Report on vaccination in Madras 1877-1894 - 1877-1894
Year: 1877
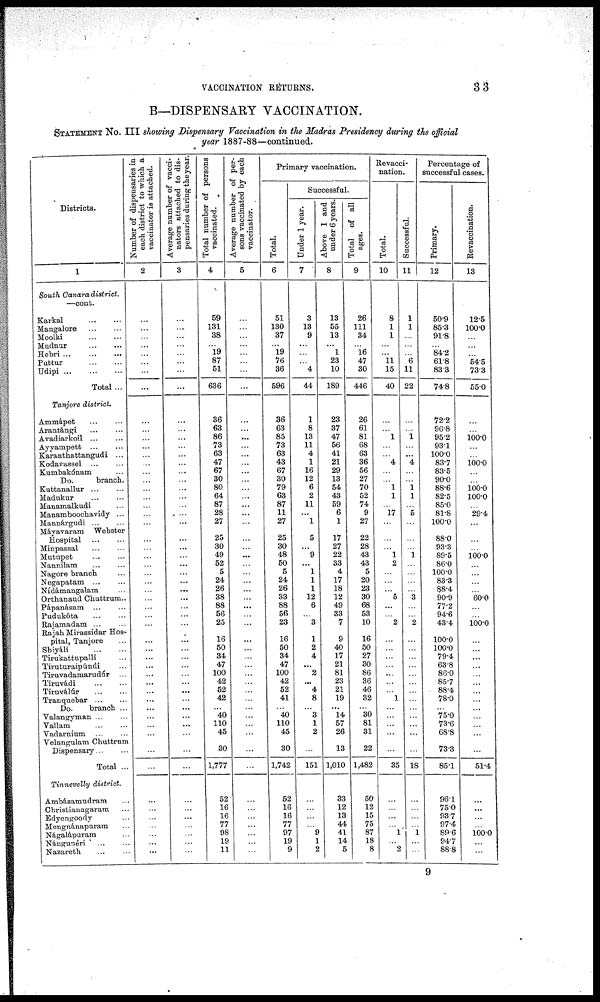
VACCINATION RETURNS.
33
B—DISPENSARY VACCINATION.
STATEMENT No. III showing Dispensary Vaccination in the Madras Presidency during the official
year 1887-88—continued.
Districts.
1
South Canara district.
—cont.
Karkal
...
...
Mangalore
...
...
Moolki
...
...
Mudnur
...
...
Hebri
...
...
...
Puttur
...
...
Udipi
...
...
...
Total ...
Tanjore district.
Ammápet ... ...
Arantángi
...
...
Avadiarkoil ... ...
Ayyampett
...
...
Karanthattangudi ...
Kodavassel
...
...
Kumbakónam ...
Do.
branch.
Kuttanallur
...
...
Madukur
...
...
Manamalkudi ...
Manamboochavidy ...
Mannárgudi ... ...
Máyavaram Webster
Hospital ... ...
Minpassal
...
...
Mutupet
...
...
Nannilam
...
...
Nagore branch ...
Negapatam
...
...
Nídámangalam ...
Orthanaud Chuttrum..
Pápanásam
...
...
Pudukóta
...
...
Rajamadam ... ...
Rajah Mirassidar Hos-
pital, Tanjore ...
Shiyáli
...
...
Tirukattupalli ...
Tiruturaipúndi ...
Tiruvadamarudúr ...
Tiruvádi
...
...
Tiruválúr
...
...
Tranquebar
...
...
Do.
branch ...
Valangyman ... ...
Vallam ... ...
Vadarninm
...
...
Velangulam Chuttrum
Dispensary ... ...
Total ...
Tinnevelly district.
Ambásamudram ...
Christianagaram ...
Edyengoody ...
Mengnánapuram ...
Nágalápuram ...
Nángunéri
...
...
Nazareth
...
...
Number of dispensaries in
each district to which a
vaccinator is attached.
2
...
...
...
...
...
...
...
...
...
...
...
...
...
...
...
...
...
...
...
...
...
...
...
...
...
...
...
...
...
...
...
...
...
...
...
...
...
...
...
...
...
...
...
...
...
...
...
...
...
...
...
...
...
Average number of vacci-
nators attached to dis-
pensaries during the year.
3
...
...
...
...
...
...
...
...
...
...
...
...
...
...
...
...
...
...
...
...
...
...
...
...
...
...
...
...
...
...
...
...
...
...
...
...
...
...
...
...
...
...
...
...
...
...
...
...
...
...
...
...
...
Total number of persons
vaccinated.
4
59
131
38
...
19
87
51
636
36
63
86
73
63
47
67
30
80
64
87
28
27
25
30
49
52
5
24
26
38
88
56
25
16
50
34
47
100
42
52
42
... 40
110
45
30
1,777
52
16
16
77
98
19
11
Average number of per-
sons vaccinated by each
vaccinator.
5
...
...
...
...
...
...
...
...
...
...
...
...
...
...
...
...
...
...
...
...
...
...
...
...
...
...
...
...
...
...
...
...
...
...
...
...
...
...
...
...
...
...
...
...
...
...
...
...
...
...
...
...
...
Primary vaccination.
Total.
6
51
130
37
... 19
76
36
596
36
63
85
73
63
43
67
30
79
63
87
11
27
25
30
48
50
5
24
26
33
88
56
23
16
50
34
47
100
42
52
41
...
40
110
45
30
1,742
52
16
16
77
97
19
9
Successful.
Under 1 year.
7
3
13
9
...
...
...
4
44
1
8
13
11
4
1
16
12
6
2
11
...
1
5
...
9
... 1
1
1
12
6
...
3
1
2
4
... 2
... 4
8
...
3
1
2
...
151
...
...
...
...
9
1
2
Above 1 and
under 6 years.
8
13
55
13
... 1
23
10
189
23
37
47
56
41
21
29
13
54
43
59
6
1
17
27
22
33
4
17
18
12
49
33
7
9
40
17
21
81
23
21
19
... 14
57
26
13
1,010
33
12
13
44
41
14
5
Total of all
ages.
9
26
111
34
...
16
47
30
446
26
61
81
68
63
36
56
27
70
52
74
9
27
22
28
43
43
5
20
23
30
68
53
10
16
50
27
30
86
36
46
32
...
30
81
31
22
1,482
50
12
15
75
87
18
8
Revacci-
nation.
Total.
10
8
1
1
...
...
11
15
40
...
...
1
...
...
4
...
...
1
1
...
17
...
...
...
1
2
...
...
...
5
...
...
2
...
...
...
...
...
...
...
1
...
...
...
...
...
35
...
...
...
...
1
...
2
Successful.
11
1
1
...
...
...
6
11
22
...
...
1
...
... 4
...
...
1
1
...
5
...
...
...
1
...
...
...
...
3
...
...
2
...
...
...
...
...
...
...
...
...
...
...
...
...
18
...
...
...
...
1
...
...
Percentage of
successful cases.
Primary.
12
50.9
85.3
91.8
...
84.2
61.8
83.3
74.8
72.2
96.8
95.2
93.1
100.00
83.7
83.5
90.0
88.6
82.5
85.0
81.8
100.0
88.0
93.3
89.5
86.0
100.0
83.3
88.4
90.9
77.2
94.6
43.4
100.0
100.0
79.4
63.8
86.0
85.7
88.4
78.0
... 75.0
73.6
68.8
73.3
85.1
96.1
75.0
93.7
97.4
89.6
94.7
88.8
Revaccination.
13
12.5
100.0
...
...
...
54.5
73.3
55.0
...
...
100.0
...
...
100.0
...
...
100.0
100.0
...
29.4
...
...
...
100.0
...
...
...
...
60.0
...
...
100.0
...
...
...
...
...
...
...
...
...
...
...
...
...
51.4
...
...
...
...
100.0
...
...
9